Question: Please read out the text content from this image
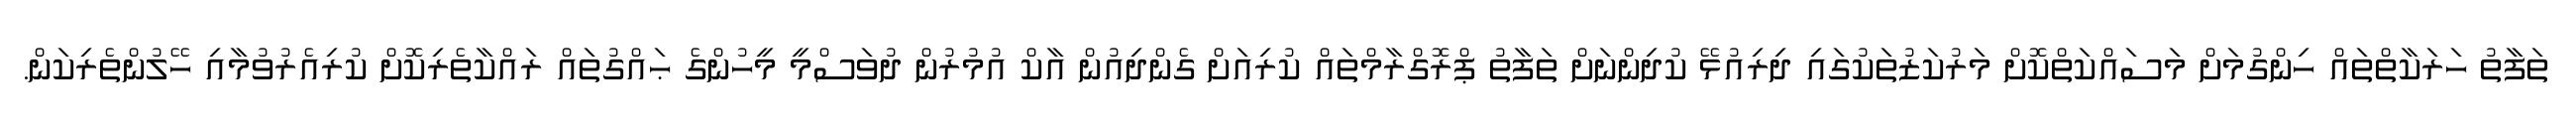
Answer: ތަފާތު ހަރަކާތްތައް ހިންގުމަށް މަސައްކަތްކޮށް މަރުކަޒުތަކުގައި ދިރިއުޅޭ ކުދިންނަށް ތަފާތު ޕްރޮގްރާމްތައް ކުރިއަށް ގެންދިއުން އާކް އުމުރުން ދުވަސްމީ މީހުންގެ ޙައްގުތައް ރައްކާތެރިކޮށް ކުރިއެރުވުމާއި ހޭލުންތެރިކަން.